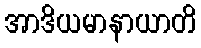
အာဒိယမာနာယာတိ